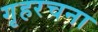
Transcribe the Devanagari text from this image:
गृहरचना